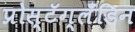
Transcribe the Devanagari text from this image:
प्रोस्टॅग्लँडिन